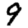
Digit: 9